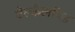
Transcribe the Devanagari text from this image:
ऐल्कैलॉयड